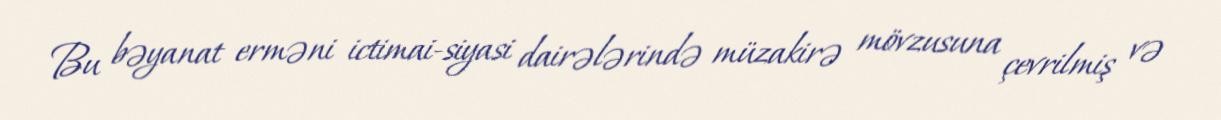
Bu bəyanat erməni ictimai-siyasi dairələrində müzakirə mövzusuna çevrilmiş və